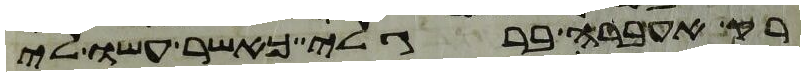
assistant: רק אעברה ברגלי כאשר עשו לי